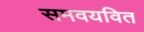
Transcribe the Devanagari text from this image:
समवयवित